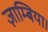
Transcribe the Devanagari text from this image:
ज़ाम्बिया।